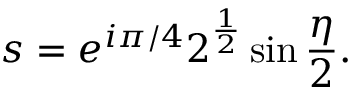
s = e ^ { i \pi / 4 } 2 ^ { \frac { 1 } { 2 } } \sin { \frac { \eta } { 2 } } .